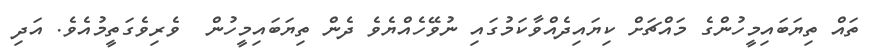
ތައް ތިޔަބައިމީހުންގެ މައްޗަށް ކިޔައިދެއްވާކަމުގައި ނުވޭހެއްޔެވެ ދެން ތިޔަބައިމީހުން  ވެރިވެގަތީމުއެވެ. އަދި